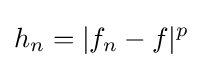
h_{n}=|f_{n}-f|^{p}